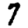
Digit: 7